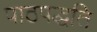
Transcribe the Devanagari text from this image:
पाठपद्धति